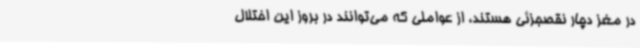
در مغز دچار نقصجزئی هستند، از عواملی که می‌توانند در بروز این اختلال